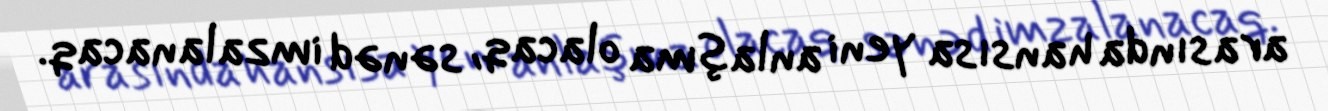
arasında hansısa yeni anlaşma olacaq, sənəd imzalanacaq.